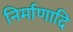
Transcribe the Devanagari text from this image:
निर्माणादि